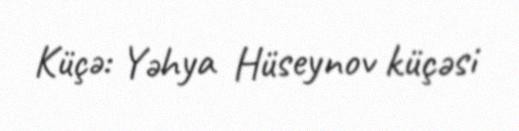
Küçə: Yəhya Hüseynov küçəsi